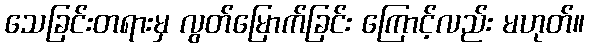
သေခြင်းတရားမှ လွတ်မြောက်ခြင်း ကြောင့်လည်း မဟုတ်။